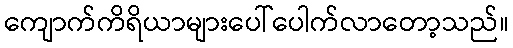
ကျောက်ကိရိယာများပေါ်ပေါက်လာတော့သည်။